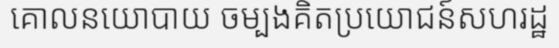
គោលនយោបាយ ចម្បងគិតប្រយោជន៍សហរដ្ឋ